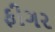
ફીગર